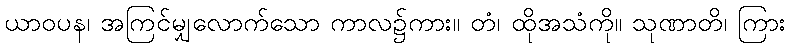
ယာဝပန၊ အကြင်မျှလောက်သော ကာလ၌ကား။ တံ၊ ထိုအသံကို။ သုဏာတိ၊ ကြား